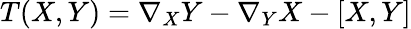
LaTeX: T(X,Y)=\nabla_{X}Y-\nabla_{Y}X-[X,Y]